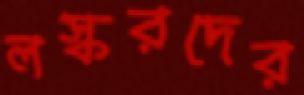
লস্করদের